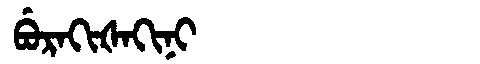
Manchu: ᠪᡠᡵᠠᡴᡳᡧᠠᡴᡳᠨᡳ
Romanization: BURAKIŠAKINI